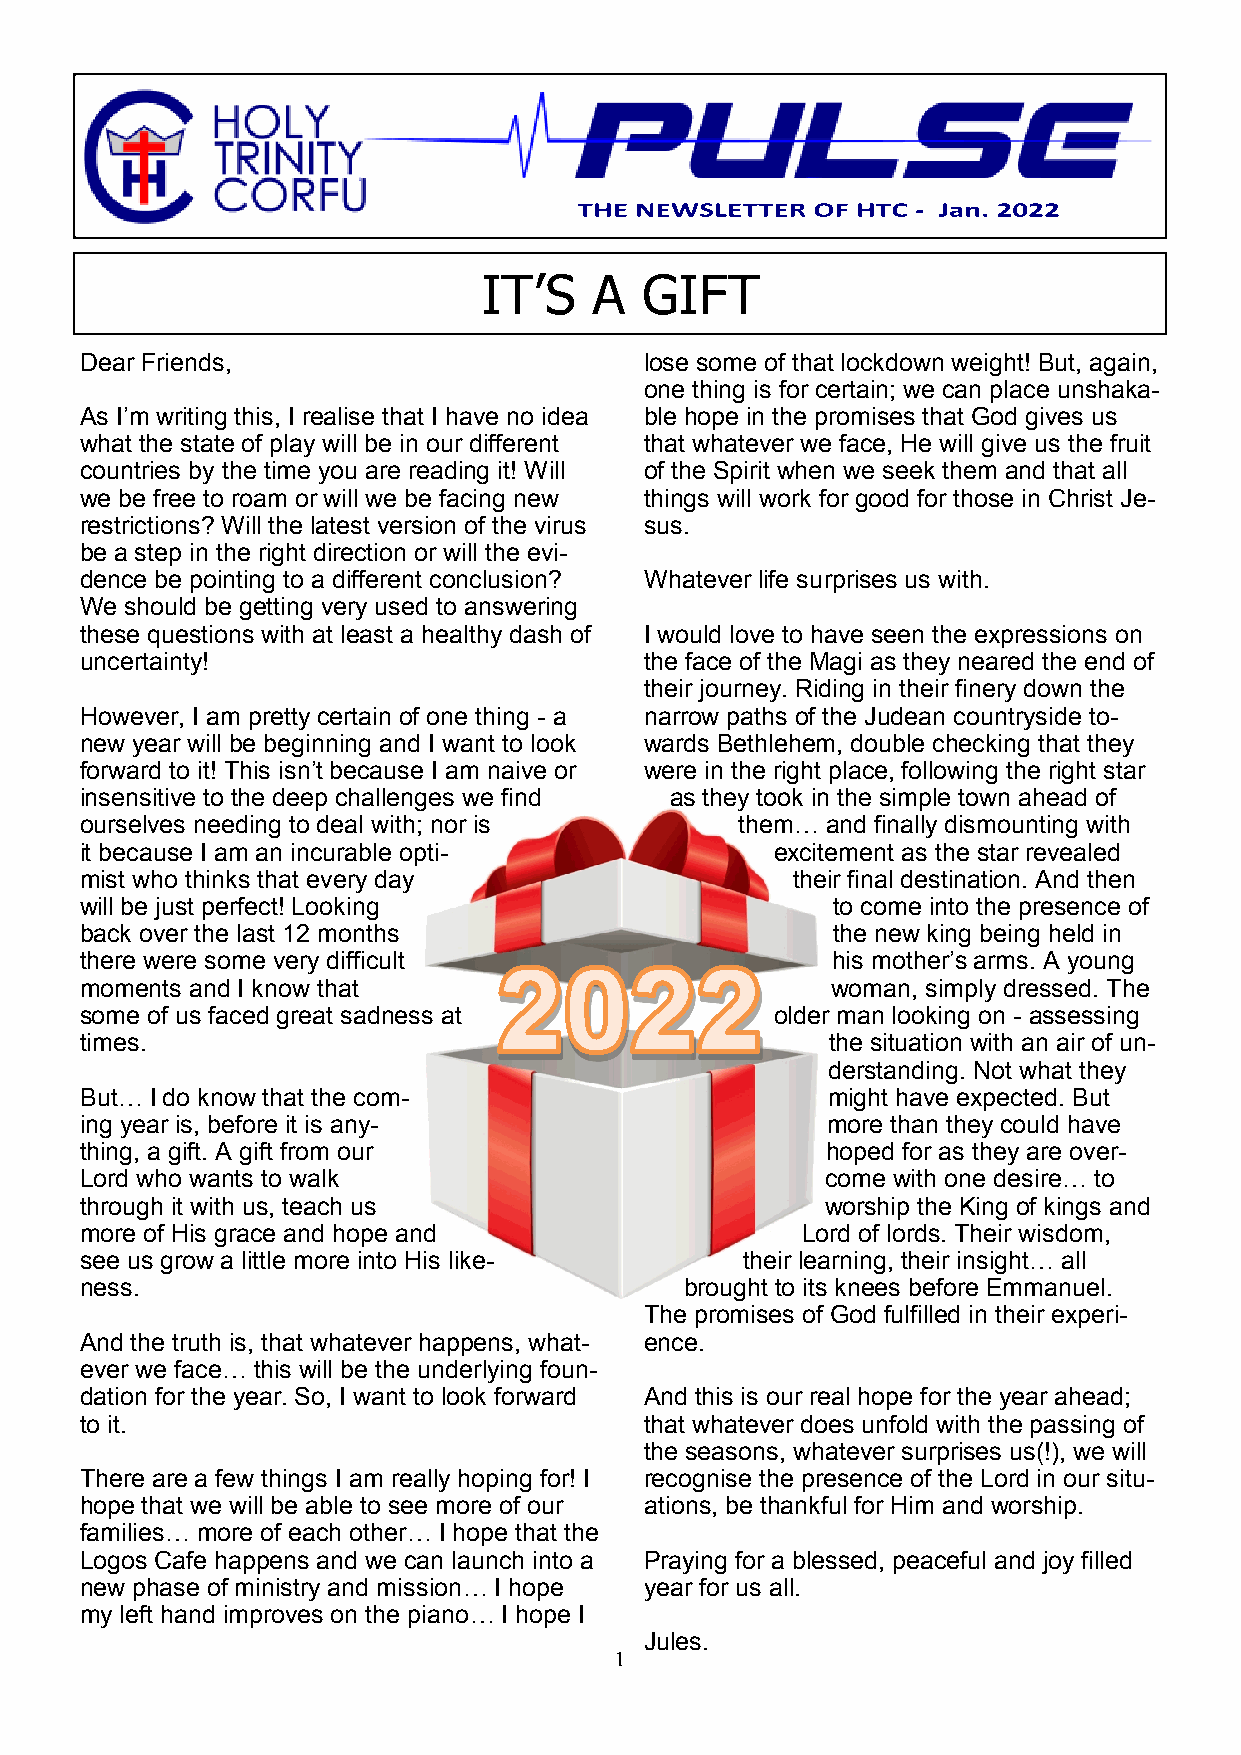
IT’S   A  GIFT
 Dear Friends,                         lose some of that lockdown weight! But, again,
 one thing is for certain; we can place unshaka-
 As I’m writing this, I realise that I have no idea ble hope in the promises that God gives us
 what the state of play will be in our different that whatever we face, He will give us the fruit
 countries by the time you are reading it! Will of the Spirit when we seek them and that all
 we be free to roam or will we be facing new things will work for good for those in Christ Je-
 restrictions? Will the latest version of the virus sus.
 be a step in the right direction or will the evi-
 dence be pointing to a different conclusion? Whatever life surprises us with.
 We should be getting very used to answering
 these questions with at least a healthy dash of I would love to have seen the expressions on
 uncertainty!                          the face of the Magi as they neared the end of
 their journey. Riding in their finery down the
 However, I am pretty certain of one thing - a narrow paths of the Judean countryside to-
 new year will be beginning and I want to look wards Bethlehem, double checking that they
 forward to it! This isn’t because I am naive or were in the right place, following the right star
 insensitive to the deep challenges we find as they took in the simple town ahead of
 ourselves needing to deal with; nor is      them… and finally dismounting with
 it because I am an incurable opti-            excitement as the star revealed
 mist who thinks that every day                 their final destination. And then
 will be just perfect! Looking                     to come into the presence of
 back over the last 12 months                      the new king being held in
 there were some very difficult                    his mother’s arms. A young
 moments and I know that                           woman, simply dressed. The
 some of us faced great sadness at             older man looking on - assessing
 times.                                            the situation with an air of un-
 derstanding. Not what they
 But… I do know that the com-                      might have expected. But
 ing year is, before it is any-                    more than they could have
 thing, a gift. A gift from our                    hoped for as they are over-
 Lord who wants to walk                            come with one desire… to
 through it with us, teach us                      worship the King of kings and
 more of His grace and hope and                  Lord of lords. Their wisdom,
 see us grow a little more into His like-    their learning, their insight… all
 ness.                                   brought to its knees before Emmanuel.
 The promises of God fulfilled in their experi-
 And the truth is, that whatever happens, what- ence.
 ever we face… this will be the underlying foun-
 dation for the year. So, I want to look forward And this is our real hope for the year ahead;
 to it.                                that whatever does unfold with the passing of
 the seasons, whatever surprises us(!), we will
 There are a few things I am really hoping for! I recognise the presence of the Lord in our situ-
 hope that we will be able to see more of our ations, be thankful for Him and worship.
 families… more of each other… I hope that the
 Logos Cafe happens and we can launch into a Praying for a blessed, peaceful and joy filled
 new phase of ministry and mission… I hope year for us all.
 my left hand improves on the piano… I hope I
 Jules.
 1